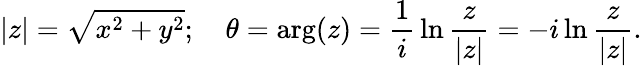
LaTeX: |z|={\sqrt{x^{2}+y^{2}}};\quad\theta=\arg(z)={\frac{1}{i}}\ln{\frac{z}{|z|}}=-i\ln{\frac{z}{|z|}}.